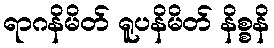
ရာဂနိမိတ် ရူပနိမိတ် နိစ္စနိ